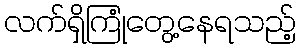
လက်ရှိကြုံတွေ့နေရသည့်